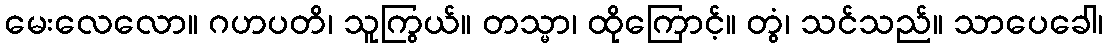
မေးလေလော။ ဂဟပတိ၊ သူကြွယ်။ တသ္မာ၊ ထိုကြောင့်။ တွံ၊ သင်သည်။ သာပေခေါ၊